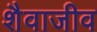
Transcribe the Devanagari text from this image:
शैवाजीव